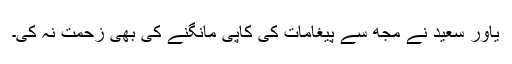
یاور سعید نے مجھ سے پیغامات کی کاپی مانگنے کی بھی زحمت نہ کی۔